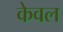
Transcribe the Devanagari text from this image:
केेवल